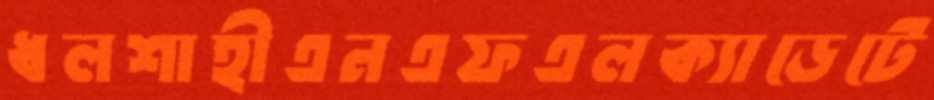
ধলশাহীএনএফএলক্যাডেটে